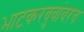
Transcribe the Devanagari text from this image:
भाटकरबुवांवरच